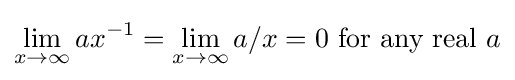
\lim _{x\to \infty }ax^{-1}=\lim _{x\to \infty }a/x=0{\text{ for any real }}a